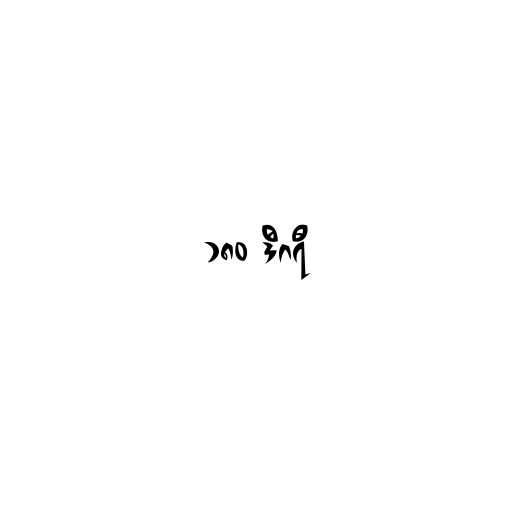
၁၈၀ ဒီဂရီ